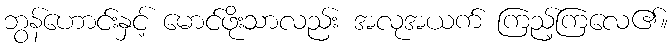
ဘွန်ဟောင်းနှင့် မောင်ဖိုးသာလည်း အလုအယက် ကြည့်ကြလေ၏။